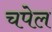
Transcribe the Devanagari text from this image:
चपेल